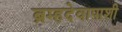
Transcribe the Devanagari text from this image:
ब्रम्हदेवापाशी